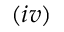
( i v )